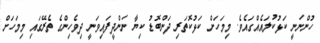
ހުންނަނީ ކަޅުކުލައެއްގައެވެ. މިމަހަށް ކަޅުކޮތަރި ދަންބޮޑު ކިޔާ ނަންދީފައިވަނީ ދިވެހިންގެ ތެރޭގައި މިމަހަށް